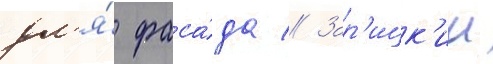
дл'я́ фаса́да // Зар'ицк'ии